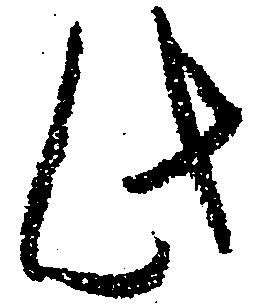
此